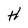
Character: H